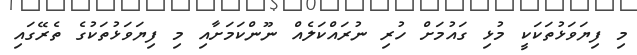
މި ފިޔަވަޅުތަަކަކީ މުޅި ގައުމަށް ހުރި ނުރައްކަލެއް ނޫންކަމަށާއި މި ފިޔަވަޅުތަކުގެ ތެރޭގައި